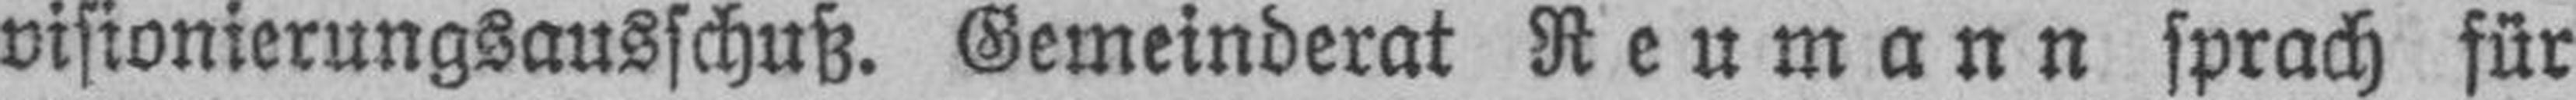
visionierungsausschuß. Gemeinderat Reumann sprach für